Manual of vaccination for the United Provinces of Agra and Oudh -
Year: 1903
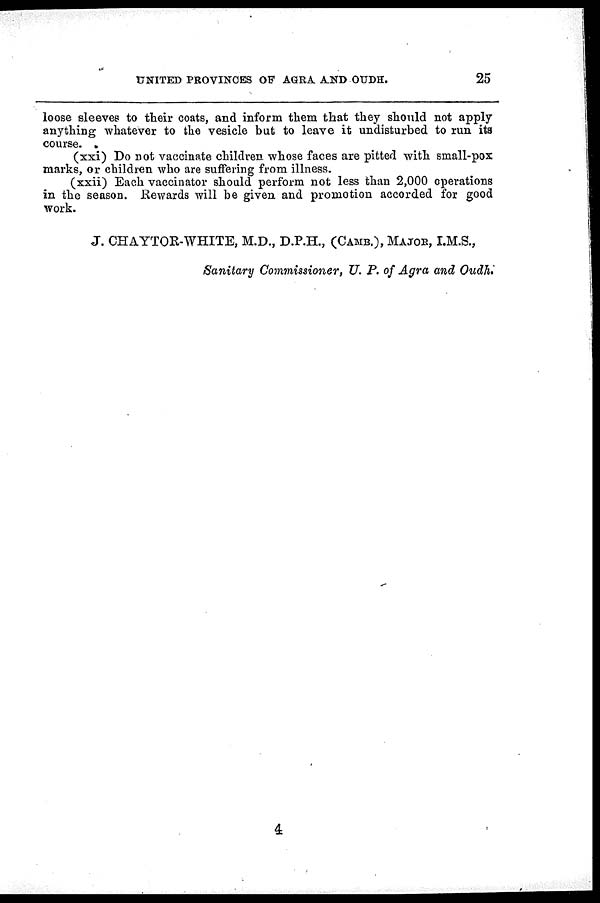
UNITED PROVINCES OF AGRA AND OUDH.
25
loose sleeves to their coats, and inform them that they should not apply
anything whatever to the vesicle but to leave it undisturbed to run its
course.
(xxi) Do not vaccinate children whose faces are pitted with small-pox
marks, or children who are suffering from illness.
(xxii) Each vaccinator should perform not less than 2,000 operations
in the season. Rewards will be given and promotion accorded for good
work.
J. CHAYTOR-WHITE, M.D., D.P.H., (CAMB.), MAJOR, I.M.S.,
Sanitary Commissioner, U. P. of Agra and Oudh.
4